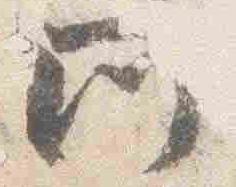
所